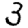
Digit: 3